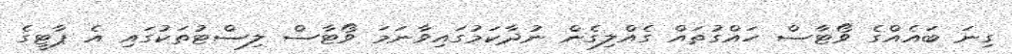
ގިނަ ބައެއްގެ ވޯޓާސް ހައްގުތައް ގެއްލިގެން ނުދާކަމުގައިވާނަމަ ވޯޓާސް ލިސްޓުތަކުގައި އެ ޕާޓީގެ